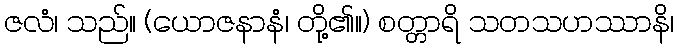
ဇလံ၊ သည်။ (ယောဇနာနံ၊ တို့၏။) စတ္တာရိ သတသဟဿာနိ၊